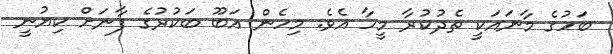
ބަހުގެ މާނައަކީ ތެދުކުރާ މީހާ އެވެ. މިހެން އަބޫ ބަކުރުގެ ފާނަށް ކިޔުނީ